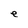
Character: e